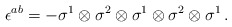
\begin{align*}\epsilon^{ab} =-\sigma^1\otimes\sigma^2\otimes\sigma^1\otimes\sigma^2\otimes\sigma^1\, .\end{align*}